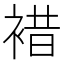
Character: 𧛊